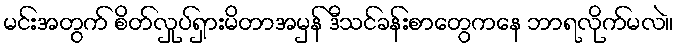
မင်းအတွက် စိတ်လှုပ်ရှားမိတာအမှန် ဒီသင်ခန်းစာတွေကနေ ဘာရလိုက်မလဲ။